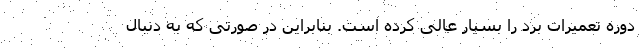
دوره تعمیرات برد را بسیار عالی کرده است. بنابراین در صورتی که به دنبال